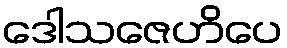
ဒေါသဇေဟိပေ